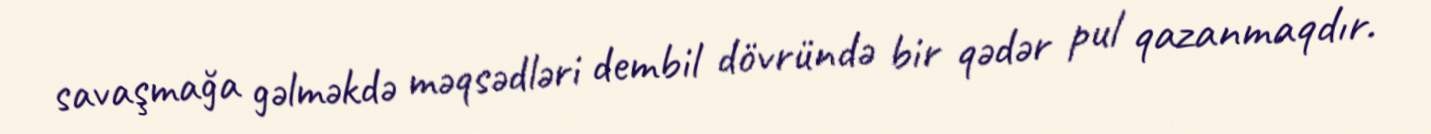
savaşmağa gəlməkdə məqsədləri dembil dövründə bir qədər pul qazanmaqdır.